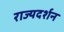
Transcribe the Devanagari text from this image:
राज्यदर्शन